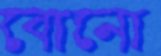
বোনো